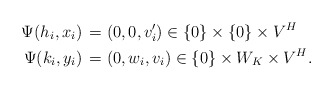
\begin{align*} \Psi (h_i,x_i) & \, = (0,0, v_i^\prime ) \in \{ 0 \} \times \{ 0 \} \times V^H \: \\ \Psi (k_i,y_i) & \, = (0,w_i,v_i) \in \{ 0 \} \times W_K \times V^H .\end{align*}